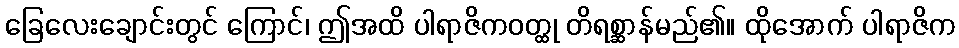
ခြေလေးချောင်းတွင် ကြောင်၊ ဤအထိ ပါရာဇိကဝတ္ထု တိရစ္ဆာန်မည်၏။ ထိုအောက် ပါရာဇိက